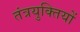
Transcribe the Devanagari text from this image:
तंत्रयुक्तियों